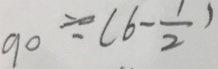
9 0 \div ( 6 - \frac { 1 } { 2 } )